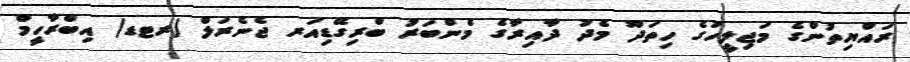
ރައްޔިތުންގެ މަޖިލީހުގެ ހިތަދޫ މެދު ދާއިރާގެ މެންބަރު ބްރިގޭޑިއަރ ޖެނެރަލް (ރޓޑ) އިބްރާހީމް